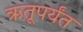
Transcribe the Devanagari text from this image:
ऋतूपर्यंत